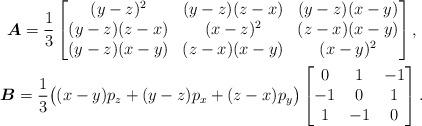
LaTeX: \begin{gather*}\boldsymbol{A}=\frac{1}{3}\left[\begin{matrix}(y-z)^2&(y-z)(z-x)&(y-z)(x-y)\\(y-z)(z-x)&(x-z)^2&(z-x)(x-y)\\(y-z)(x-y)&(z-x)(x-y)&(x-y)^2\end{matrix}\right ] ,\\\boldsymbol{B}=\frac{1}{3}\big ( (x-y)p_z+(y-z)p_x+(z-x)p_y \big)\left[\begin{matrix}0&1&-1\\-1&0&1\\1&-1&0\end{matrix}\right ] .\end{gather*}